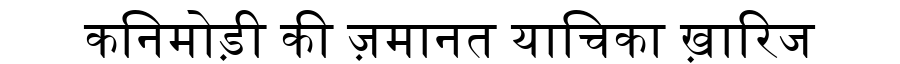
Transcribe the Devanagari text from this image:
कनिमोड़ी की ज़मानत याचिका ख़ारिज